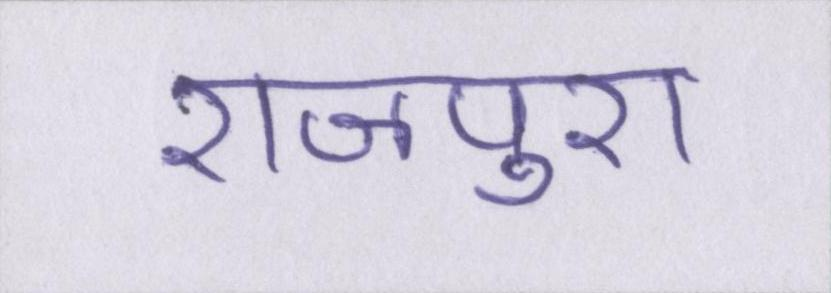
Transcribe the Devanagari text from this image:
राजपुरा